Statistics compiled by the Government of India from the reports of provincial Civil Veterinary Departments
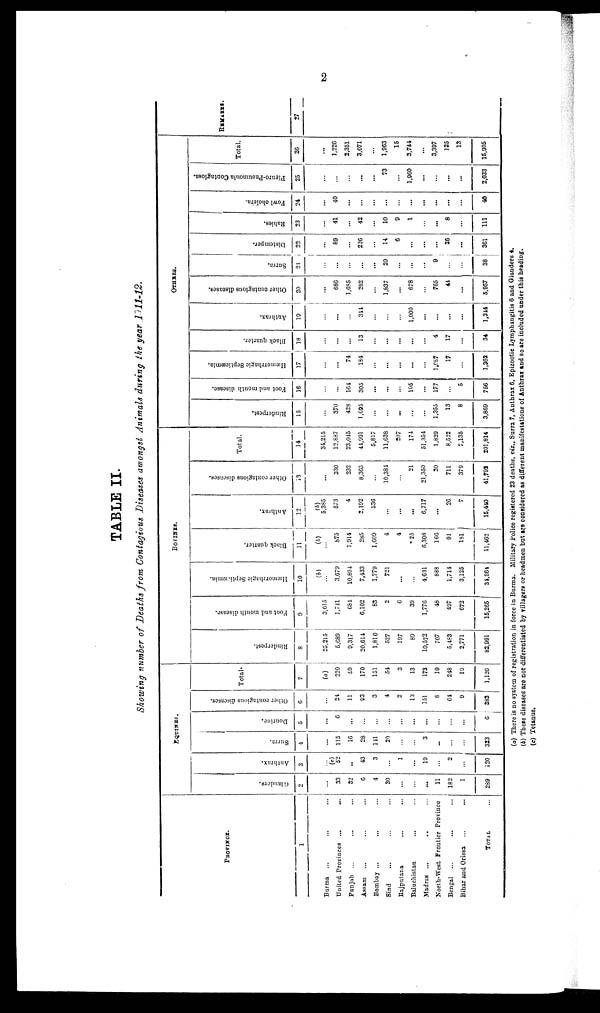
2
TABLE II.
Showing number of Deaths from Contagious Diseases amongst Animals during the year 1911-12.
PROVINCE.
1
Burma ... ... ...
United Provinces ... ...
Punjab ... ... ...
Assam ... ... ...
Bombay ... ... ...
Sind ... ... ...
Rajputana ... ...
Baluchistan ... ...
Madras ... ... ...
North-West Frontier Province
Bengal ... ... ...
Bihar and Orissa ... ...
TOTAL ...
EQUINES.
Glanders.
2
...
23
32
6
4
30
...
...
...
11
182
1
289
Anthrax.
3
...
(c)
52
..
43
3
...
1
...
19
...
2
...
120
Surra.
4
...
115
16
28
141
20
...
...
3
...
...
...
323
Dourine.
5
...
6
...
...
...
...
...
...
...
...
...
...
6
Other contagious disenses.
6
...
24
11
93
3
4
2
13
151
8
64
9
382
Total.
7
(a)
220
59
170
151
54
3
13
173
19
248
10
1,120
BOVINES.
Rinderpest.
8
25,215
5,689
9,317
20,614
1,810
527
197
89
10,572
707
5,483
2,771
82,991
Foot and mouth disease.
9
3,615
1,741
684
6,102
83
2
6
39
1,776
48
497
672
15,265
Hæmorrhagic Septicæmia.
10
(b)
...
3,679
10,894
7,433
1,779
721
...
...
4,631
888
1,714
3,125
34,864
Black quarter.
11
(b)
...
875
1,914
285
1,609
4
4
25
6,308
166
91
181
11,462
Anthrax.
12
(b)
5,385
573
4
2,192
536
...
...
...
6,717
...
26
7
15,440
Other contagious diseases.
13
...
330
232
8,365
...
10,384
...
21
21,350
20
711
379
41,792
Total.
14
34,215
12,887
23,045
44,991
5,817
11,638
207
174
51,354
1,829
8,522
7,135
201,814
OTHERS.
Rinderpest.
15
...
370
428
1,695
...
...
...
...
...
1,355
13
8
3,869
Foot and mouth disease.
16
...
...
164
305
...
...
...
105
...
177
...
5
756
Hæmorrhagic Septicæmia.
17
...
...
74
184
...
...
...
...
...
1,087
17
...
1,362
Black quarter.
18
...
...
...
13
...
...
...
...
...
4
17
...
34
Anthrax.
19
...
...
...
344
...
...
...
1,000
...
...
...
...
1,344
Other contagious diseases.
20
...
686
1,685
262
...
1,837
...
678
...
765
44
...
5,957
Surra.
21
...
...
...
...
...
29
...
...
...
9
...
...
38
Distemper.
22
...
89
...
226
...
14
6
...
...
...
26
...
361
Rabi es .
23
...
41
...
42
...
10
9
1
...
...
8
...
111
Fowl cholera.
24
...
40
...
...
...
...
...
...
...
...
...
...
40
Pleuro-Pneumonia Contagiosa.
25
...
...
...
...
...
73
...
1,960
...
...
...
...
2,033
Total.
26
...
1,226
2,351
3,071
...
1,963
15
3,744
...
3,397
125
13
15,905
REMARKS
27
(a) There is no system of registration in force in Burma. Military Police registered 23 deaths, viz., Surra 7, Anthrax 6, Epizootic Lymphangitis 6 and Glanders 4.
(b) These diseases are not differentiated by villagers or headmen but are considered as different manifestations of Anthrax and so are included under this heading.
(c) Tetanus.